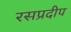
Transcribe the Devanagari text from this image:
रसप्रदीप